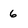
Character: 6